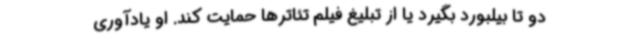
دو تا بیلبورد بگیرد یا از تبلیغ فیلم تئاترها حمایت کند. او یادآوری